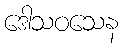
ဒေါသဝသေန